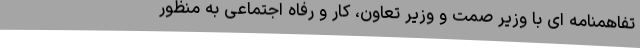
تفاهمنامه ای با وزیر صمت و وزیر تعاون، کار و رفاه اجتماعی به منظور